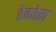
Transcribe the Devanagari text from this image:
डेकोरा